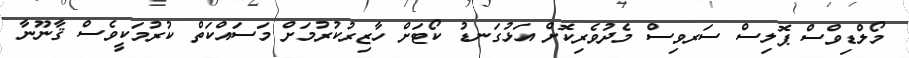
މޯލްޑިވްސް ޕޮލިސް ސަރވިސް މެދުވެރިކޮށް އަޅުގަނޑު ކޯޓަށް ހާޒިރުކުރުމަށް މަސައްކަތް ކުރުމަކީވެސް ޤާނޫނާ